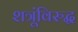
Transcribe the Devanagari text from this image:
शत्रूंविरुद्ध